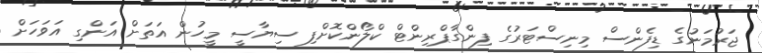
ޖަރުމަނުގެ ޑިފެންސް މިނިސްޓަރުގެ ފިންގާޕްރިންޓް ކްލޯންކޮށްފި ސިޔާސީ މީހުން އަތަށް އަންގި އަވަހަށް